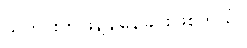
သတင်းတုဖြန့်ချိနေခြင်းဖြစ်တယ်။